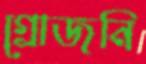
গ্রোজনি